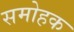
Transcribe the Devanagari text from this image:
समोहक